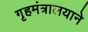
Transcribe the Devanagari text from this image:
गृहमंत्रालयाने